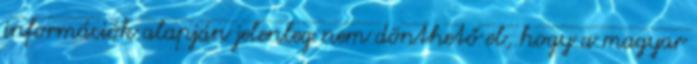
információk alapján jelenleg nem dönthető el, hogy a magyar